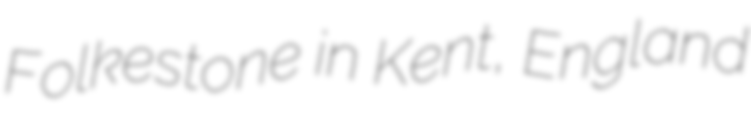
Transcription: Folkestone in Kent, England